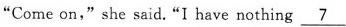
"Comeon,"she said."I have nothing\underline{7}